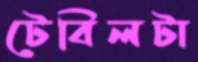
টেবিলটা